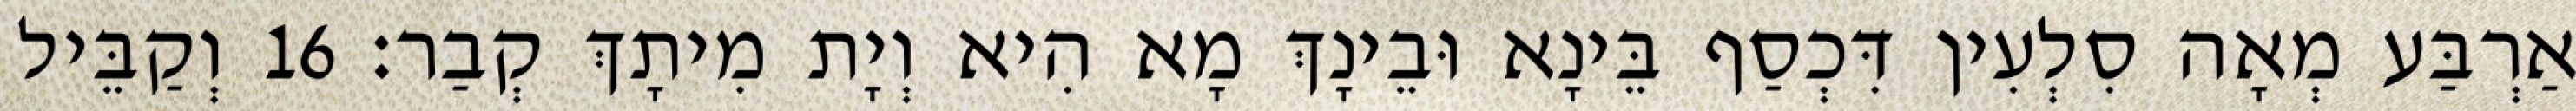
אַרְבַּע מְאָה סִלְעִין דִּכְסַף בֵּינָא וּבֵינָךְ מָא הִיא וְיָת מִיתָךְ קְבַר׃ 16 וְקַבֵּיל